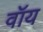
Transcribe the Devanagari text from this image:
वॉय